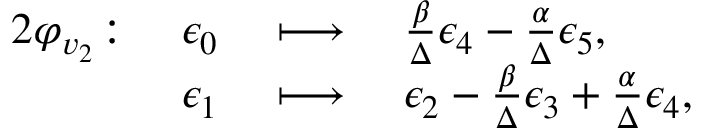
\begin{array} { r l r l } { { 2 } \varphi _ { v _ { 2 } } \colon } & { \epsilon _ { 0 } } & { \ \longmapsto \ } & { \frac { \beta } { \Delta } \epsilon _ { 4 } - \frac { \alpha } { \Delta } \epsilon _ { 5 } , } \\ & { \epsilon _ { 1 } } & { \ \longmapsto \ } & { \epsilon _ { 2 } - \frac { \beta } { \Delta } \epsilon _ { 3 } + \frac { \alpha } { \Delta } \epsilon _ { 4 } , } \end{array}